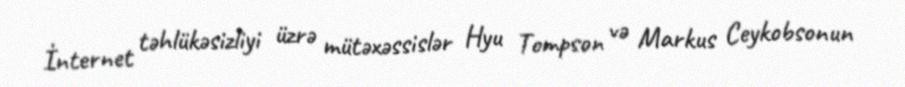
İnternet təhlükəsizliyi üzrə mütəxəssislər Hyu Tompson və Markus Ceykobsonun